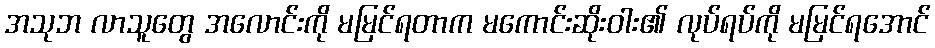
အသုဘ လာသူတွေ အလောင်းကို မမြင်ရတာက မကောင်းဆိုးဝါး၏ လုပ်ရပ်ကို မမြင်ရအောင်